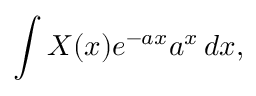
\int X ( x ) e ^ { - a x } a ^ { x } \, d x ,